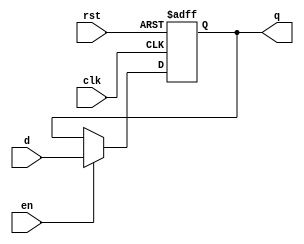
`timescale 1ns / 1ps
//////////////////////////////////////////////////////////////////////////////////
// Company: 
// Engineer: 
// 
// Design Name: 
// Module Name: flopenr
// Project Name: 
// Target Devices: 
// Tool Versions: 
// Description: 
// 
// Dependencies: 
// 
// Revision:
// Revision 0.01 - File Created
// Additional Comments:
// 
//////////////////////////////////////////////////////////////////////////////////
//flopenr #(32) r1D(clk,rst,~stallD,pcplus4F,pcplus4D);

module flopenr #(parameter WIDTH = 8)(
	input wire clk,rst,en,
	input wire [WIDTH-1:0] d,
	output reg [WIDTH-1:0] q
    );
	
	always @(posedge clk or posedge rst) begin

		if(rst) begin
			q <= 0;

		end else if(en) begin
			q <= d;
		end
		
	end
endmodule